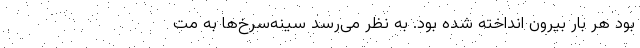
بود هر بار بیرون انداخته شده بود. به نظر می‌رسد سینه‌سرخ‌ها به مت